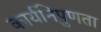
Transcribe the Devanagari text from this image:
कार्यनिपुणता